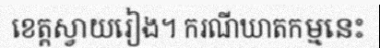
ខេត្តស្វាយរៀង។ ករណីឃាតកម្មនេះ